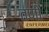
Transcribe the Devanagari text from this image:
तणो